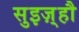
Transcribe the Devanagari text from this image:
सुइज़्हौ